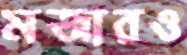
মজারও